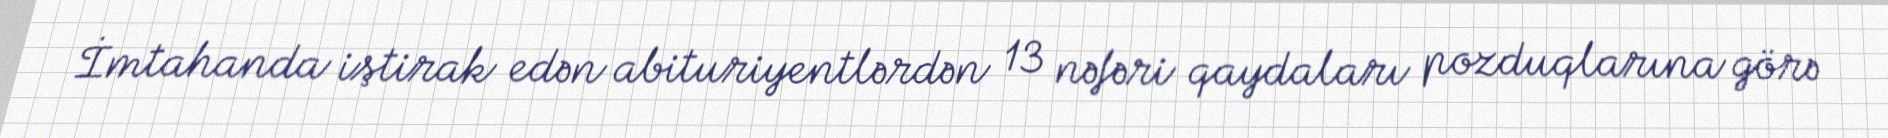
İmtahanda iştirak edən abituriyentlərdən 13 nəfəri qaydaları pozduqlarına görə